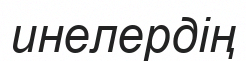
инелердің